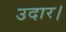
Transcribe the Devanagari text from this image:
उदार।